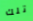
تلك